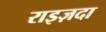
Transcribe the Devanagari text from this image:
राइज़दा